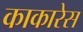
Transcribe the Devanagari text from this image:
काकारेस